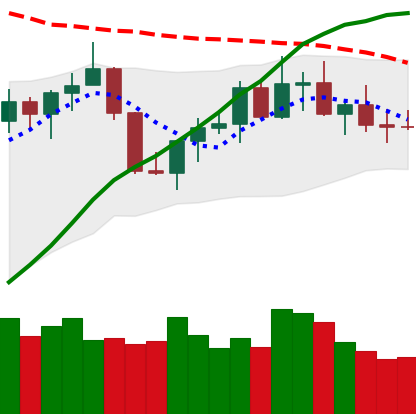
Ticker: TRX-USD
Chart end date: 2022-07-24
Forward return: 3.504%
Label: up_3_5